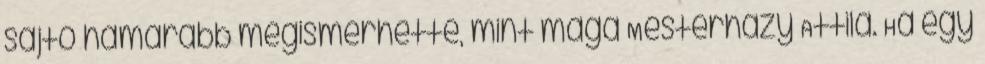
sajtó hamarabb megismerhette, mint maga Mesterházy Attila. Ha egy